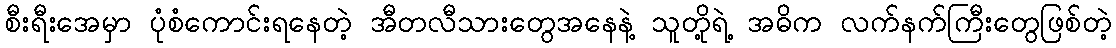
စီးရီးအေမှာ ပုံစံကောင်းရနေတဲ့ အီတလီသားတွေအနေနဲ့ သူတို့ရဲ့ အဓိက လက်နက်ကြီးတွေဖြစ်တဲ့